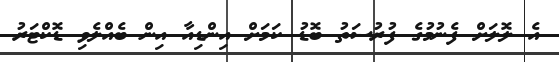
އެ ލޮލަށް ފެނުމުގެ ފުރުސަތު ބޮޑު ކަމަށް އިންޑިއާ އިން ބެއްލެވި ޑޮކްޓަރު